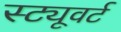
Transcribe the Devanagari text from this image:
स्ट्यूवर्ट